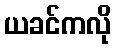
ယခင်ကလို